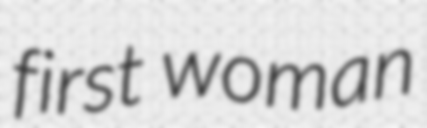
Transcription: first woman